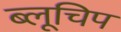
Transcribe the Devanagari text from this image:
ब्लूचिप